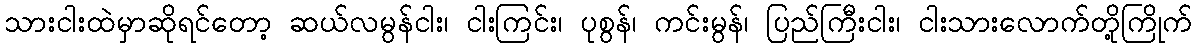
သားငါးထဲမှာဆိုရင်တော့ ဆယ်လမွန်ငါး၊ ငါးကြင်း၊ ပုစွန်၊ ကင်းမွန်၊ ပြည်ကြီးငါး၊ ငါးသားလောက်တို့ကြိုက်